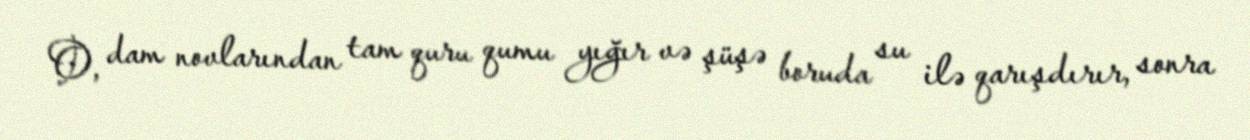
O, dam novlarından tam quru qumu yığır və şüşə boruda su ilə qarışdırır, sonra